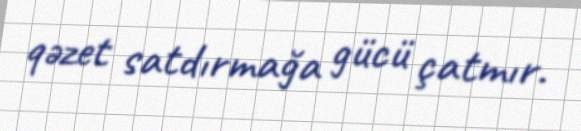
qəzet satdırmağa gücü çatmır.